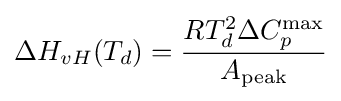
\Delta H_{vH}(T_{d})={\frac {RT_{d}^{2}\Delta C_{p}^{\max }}{A_{\text{peak}}}}